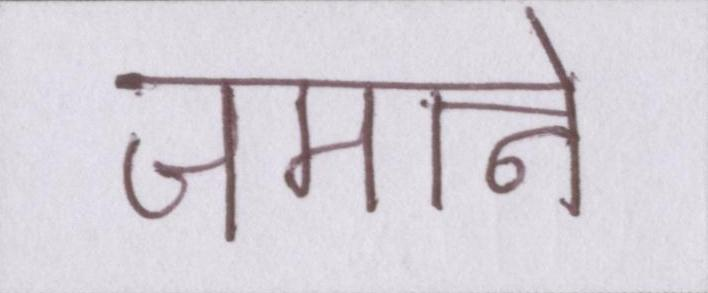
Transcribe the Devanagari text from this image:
जमाने